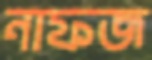
নাফজ